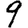
Digit: 9